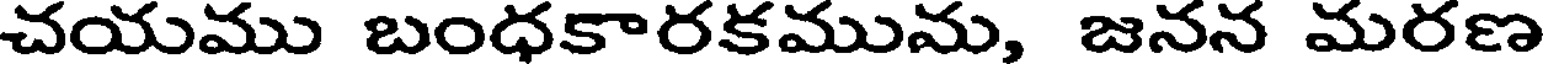
చయము బంధకారకముమ, జనన మరణ